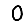
Digit: 0